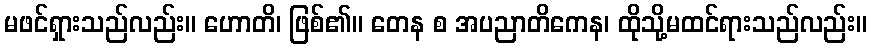
မဖင်ရှားသည်လည်း။ ဟောတိ၊ ဖြစ်၏။ တေန စ အပညာတိကေန၊ ထိုသို့မထင်ရားသည်လည်း။